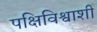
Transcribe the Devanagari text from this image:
पक्षिविश्वाशी